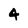
Character: 4